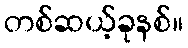
တစ်ဆယ့်ခုနစ်။